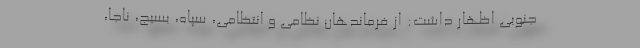
جنوبی اظهار داشت: از فرماندهان نظامی و انتظامی، سپاه، بسیج، ناجا،